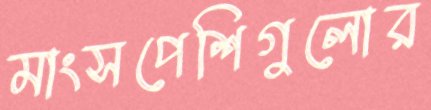
মাংসপেশিগুলোর